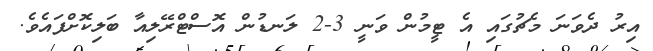
އިރު ދެވަނަ މެޗުގައި އެ ޓީމުން ވަނީ 3-2 ލަނޑުން އޮސްޓްރޭލިއާ ބަލިކޮށްފައެވެ.